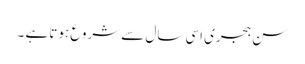
سن ہجری اسی سال سے شروع ہوتا ہے ۔